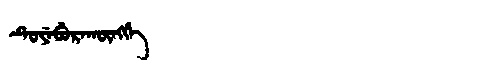
Manchu: ᡨᡠᠶᡝᠪᡠᡵᠠᡴᡡᠩᡤᡝ
Romanization: TUYEBURAKŪNGGE